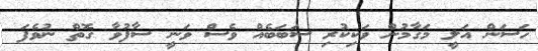
ހަސަން އަލީ މަގާމުން ވަކިކުރި ސަބަބެއްް ވެސް ވަނީ ސާފުވާ ގޮތް ނުވެފަ